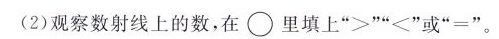
(2)观察数射线上的数，在里填上”>””<”或”=”。